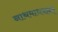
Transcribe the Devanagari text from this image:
नाथमाधवांनी